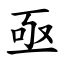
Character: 亟